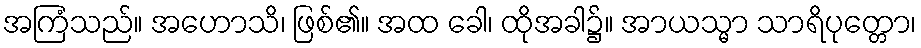
အကြံသည်။ အဟောသိ၊ ဖြစ်၏။ အထ ခေါ၊ ထိုအခါ၌။ အာယသ္မာ သာရိပုတ္တော၊